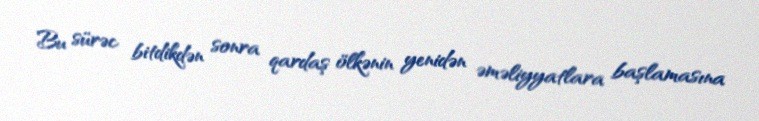
Bu sürəc bitdikdən sonra qardaş ölkənin yenidən əməliyyatlara başlamasına